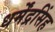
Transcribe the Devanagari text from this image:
धर्मेंद्रसिंह